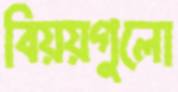
বিয়য়গুলো